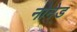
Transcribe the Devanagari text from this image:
नोनेड